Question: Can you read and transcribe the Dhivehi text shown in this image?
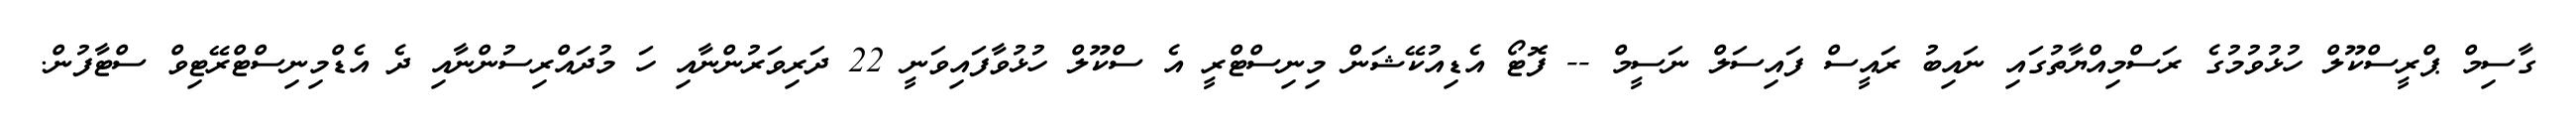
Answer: ގާސިމް ޕްރީސްކޫލް ހުޅުވުމުގެ ރަސްމިއްޔާތުގައި ނައިބު ރައީސް ފައިސަލް ނަސީމް -- ފޮޓޯ އެޑިއުކޭޝަން މިނިސްޓްރީ އެ ސްކޫލް ހުޅުވާފައިވަނީ 22 ދަރިވަރުންނާއި ހަ މުދައްރިސުންނާއި ދެ އެޑްމިނިސްޓްރޭޓިވް ސްޓާފުން.